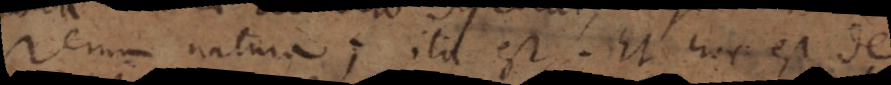
rerum natura; ita est. Et hoc est de